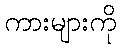
ကားများကို